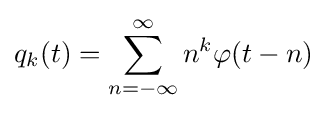
q_{k}(t)=\sum _{n=-\infty }^{\infty }n^{k}\varphi (t-n)